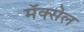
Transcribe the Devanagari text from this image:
मॅक्‍सेल